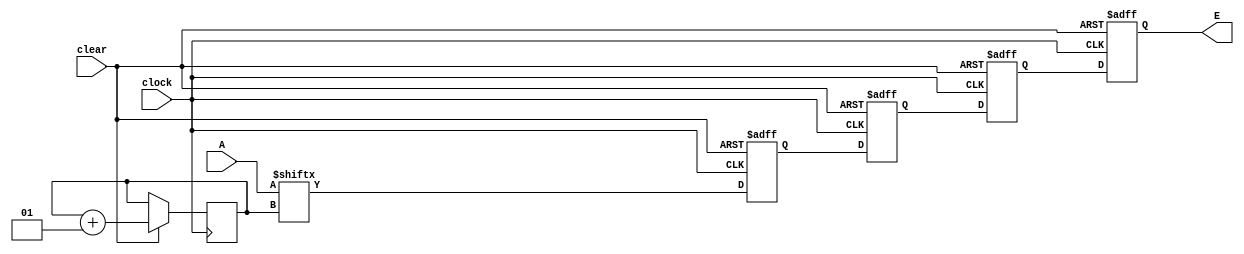
`timescale 1ns / 1ps
module shiftreg_4bit (clock, clear, A, E); 
input clock, clear;
input [3:0] A;
output reg E; 
reg B, C, D; 
integer i;

initial
 begin
  i = 0;
 end

always @(posedge clock or negedge clear) 
 begin 
  //active low clear
  if (!clear) begin B=0; C=0; D=0; E=0; end 
  else begin 
   E = D; 
   D = C; 
   C = B; 
   B = A[i]; 
   i = i + 1;
   end 
  end 
endmodule